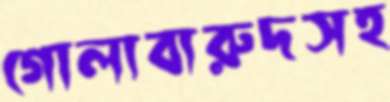
গোলাবারুদসহ